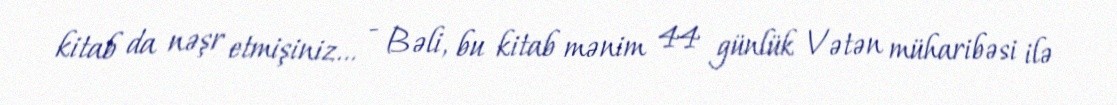
kitab da nəşr etmişiniz... - Bəli, bu kitab mənim 44 günlük Vətən müharibəsi ilə